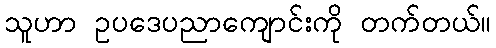
သူဟာ ဥပဒေပညာကျောင်းကို တက်တယ်။